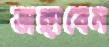
ভাঙ্গাবেন